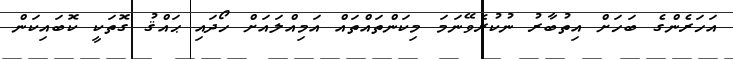
އަހަރެންގެ ބަހަށް އިތުބާރު ނުކުރެވޭނަމަ މިކަންތައްތައް އަމިއްލައަށް ހޯދައި ޙައްޤު ގޮތަކީ ކޮބައިކަން